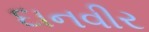
દાનવીર